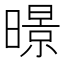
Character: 暻